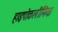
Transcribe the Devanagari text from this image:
हाइपोकलीमिया